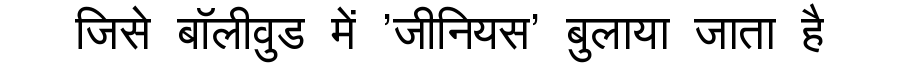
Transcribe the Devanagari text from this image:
जिसे बॉलीवुड में 'जीनियस' बुलाया जाता है